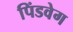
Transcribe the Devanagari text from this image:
पिंडवेग